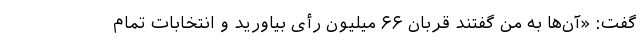
گفت: «آن‌ها به من گفتند قربان ۶۶ میلیون رأی بیاورید و انتخابات تمام